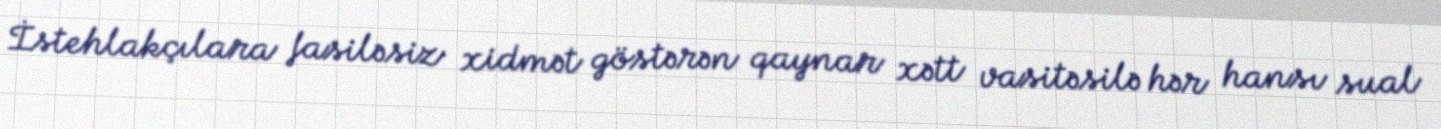
İstehlakçılara fasiləsiz xidmət göstərən qaynar xətt vasitəsilə hər hansı sual